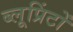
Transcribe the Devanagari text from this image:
ब्लूप्रिंटों